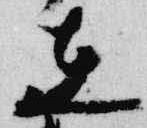
在